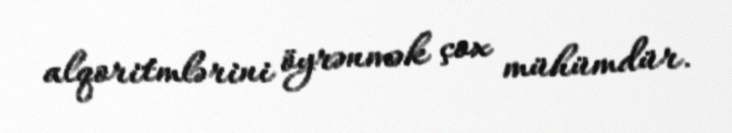
alqoritmlərini öyrənmək çox mühümdür.